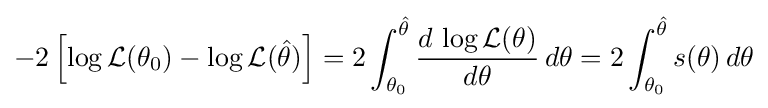
-2\left[\log {\mathcal {L}}(\theta _{0})-\log {\mathcal {L}}({\hat {\theta }})\right]=2\int _{\theta _{0}}^{\hat {\theta }}{\frac {d\,\log {\mathcal {L}}(\theta )}{d\theta }}\,d\theta =2\int _{\theta _{0}}^{\hat {\theta }}s(\theta )\,d\theta